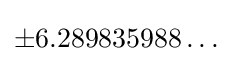
\pm 6.289835988\ldots